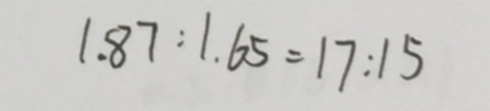
1 . 8 7 : 1 . 6 5 = 1 7 : 1 5